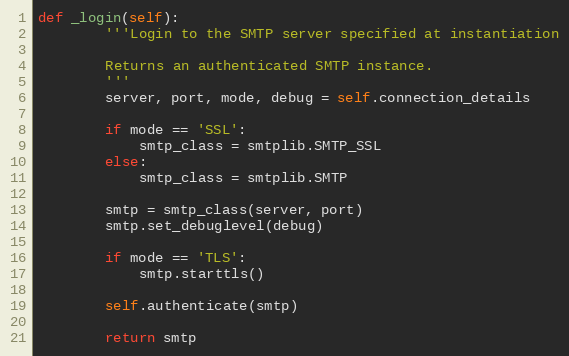
Language: Python
def _login(self):
        '''Login to the SMTP server specified at instantiation

        Returns an authenticated SMTP instance.
        '''
        server, port, mode, debug = self.connection_details

        if mode == 'SSL':
            smtp_class = smtplib.SMTP_SSL
        else:
            smtp_class = smtplib.SMTP

        smtp = smtp_class(server, port)
        smtp.set_debuglevel(debug)

        if mode == 'TLS':
            smtp.starttls()

        self.authenticate(smtp)

        return smtp